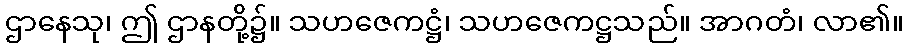
ဌာနေသု၊ ဤ ဌာနတို့၌။ သဟဇေကဋ္ဌံ၊ သဟဇေကဋ္ဌသည်။ အာဂတံ၊ လာ၏။